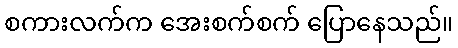
စကားလက်က အေးစက်စက် ပြောနေသည်။